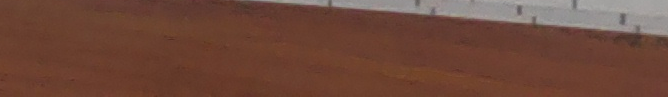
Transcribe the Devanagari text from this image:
सारेगामापाधानी